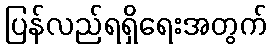
ပြန်လည်ရရှိရေးအတွက်